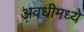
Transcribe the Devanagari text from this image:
अवधीमध्ये